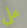
على